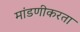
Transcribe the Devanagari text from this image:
मांडणीकरता